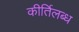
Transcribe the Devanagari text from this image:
कीर्तिलब्ध